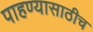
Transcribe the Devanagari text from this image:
पाहण्यासाठीच